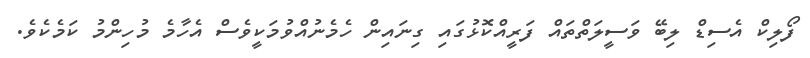
ފޯލިކް އެސިޑް ލިބޭ ވަސީލަތްތައް ފަރީއްކޮޅުގައި ގިނައިން ހެމެނުއްވުމަކީވެސް އެހާމެ މުހިންމު ކަމެކެވެ.